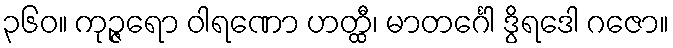
၃၆၀။ ကုဉ္ဇရော ဝါရဏော ဟတ္ထီ၊ မာတင်္ဂေါ ဒွိရဒေါ ဂဇော။